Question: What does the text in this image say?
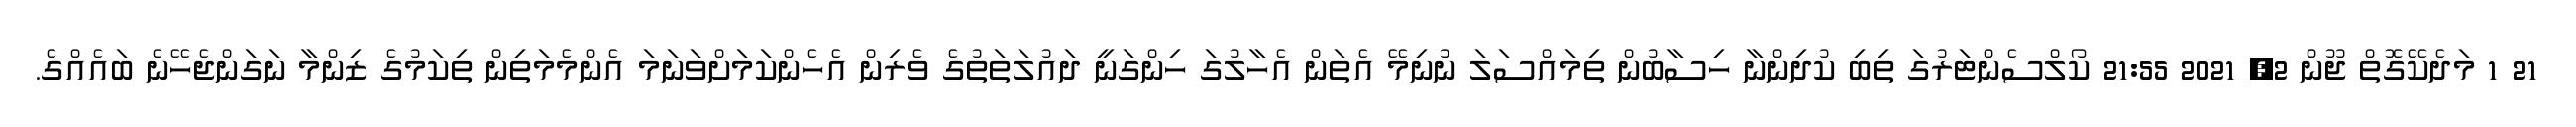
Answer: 21 1 މަދެކޭގޮތް ޖޫން 2, 2021 21:55 ކޯލްސެންޓަރުގަ ތިބި ކުދިންނާ ހިސާބުން ތިމައްސަލަ ނުނިމޭ އެތަން އެހާލުގަ ހިންގަނީ ދައުލަތަތުގެ ވެރިން އެހެންކަމަށްވަނަމަ އެންމެމަތިން ތިކަމުގެ ޒިންމާ ނަގަންޖެހޭނެ ބައެއްގެ.